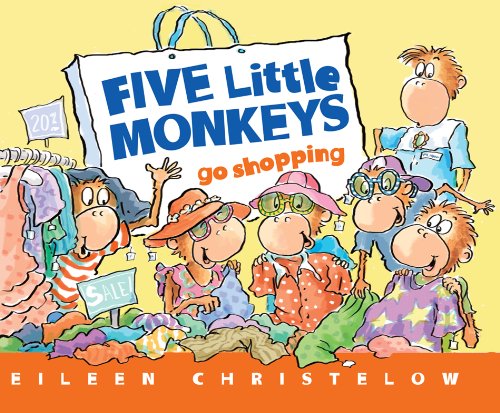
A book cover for Five Little Monkeys Go Shopping (A Five Little Monkeys Story); Eileen Christelow; Children's Books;